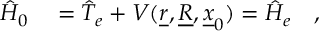
\begin{array} { r l } { \hat { H } _ { 0 } } & { { } = \hat { T } _ { e } + V ( \underline { { r } } , \underline { { R } } , \underline { { x } } _ { 0 } ) = \hat { H } _ { e } \quad , } \end{array}